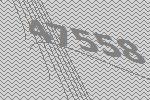
47558